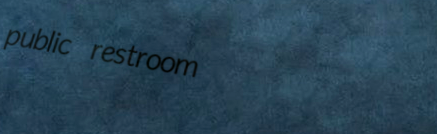
public restroom